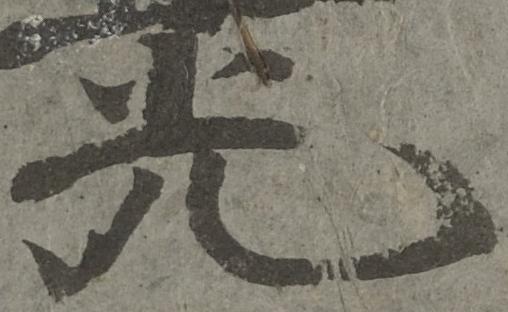
光